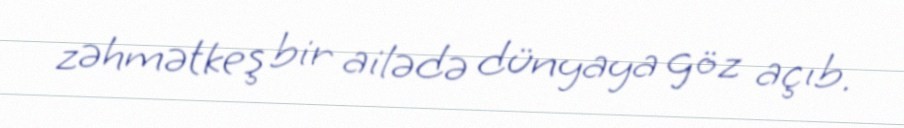
zəhmətkeş bir ailədə dünyaya göz açıb.